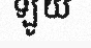
ឡូយ